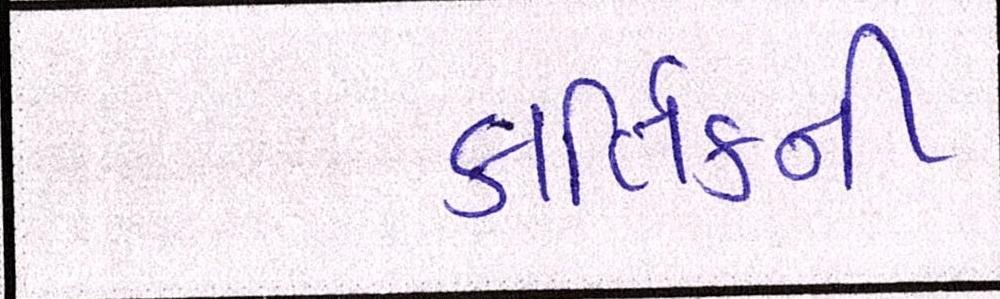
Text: કાર્તિકની